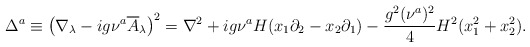
\begin{align*}\Delta^a \equiv\left( \nabla_{\lambda} -i g \nu^a \overline{A}_{\lambda} \right)^2=\nabla^2 +ig \nu^a H (x_1 \partial_2 - x_2 \partial_1)-{g^2 (\nu^a)^2 \over 4} H^2 (x_1^2+x_2^2) .\end{align*}